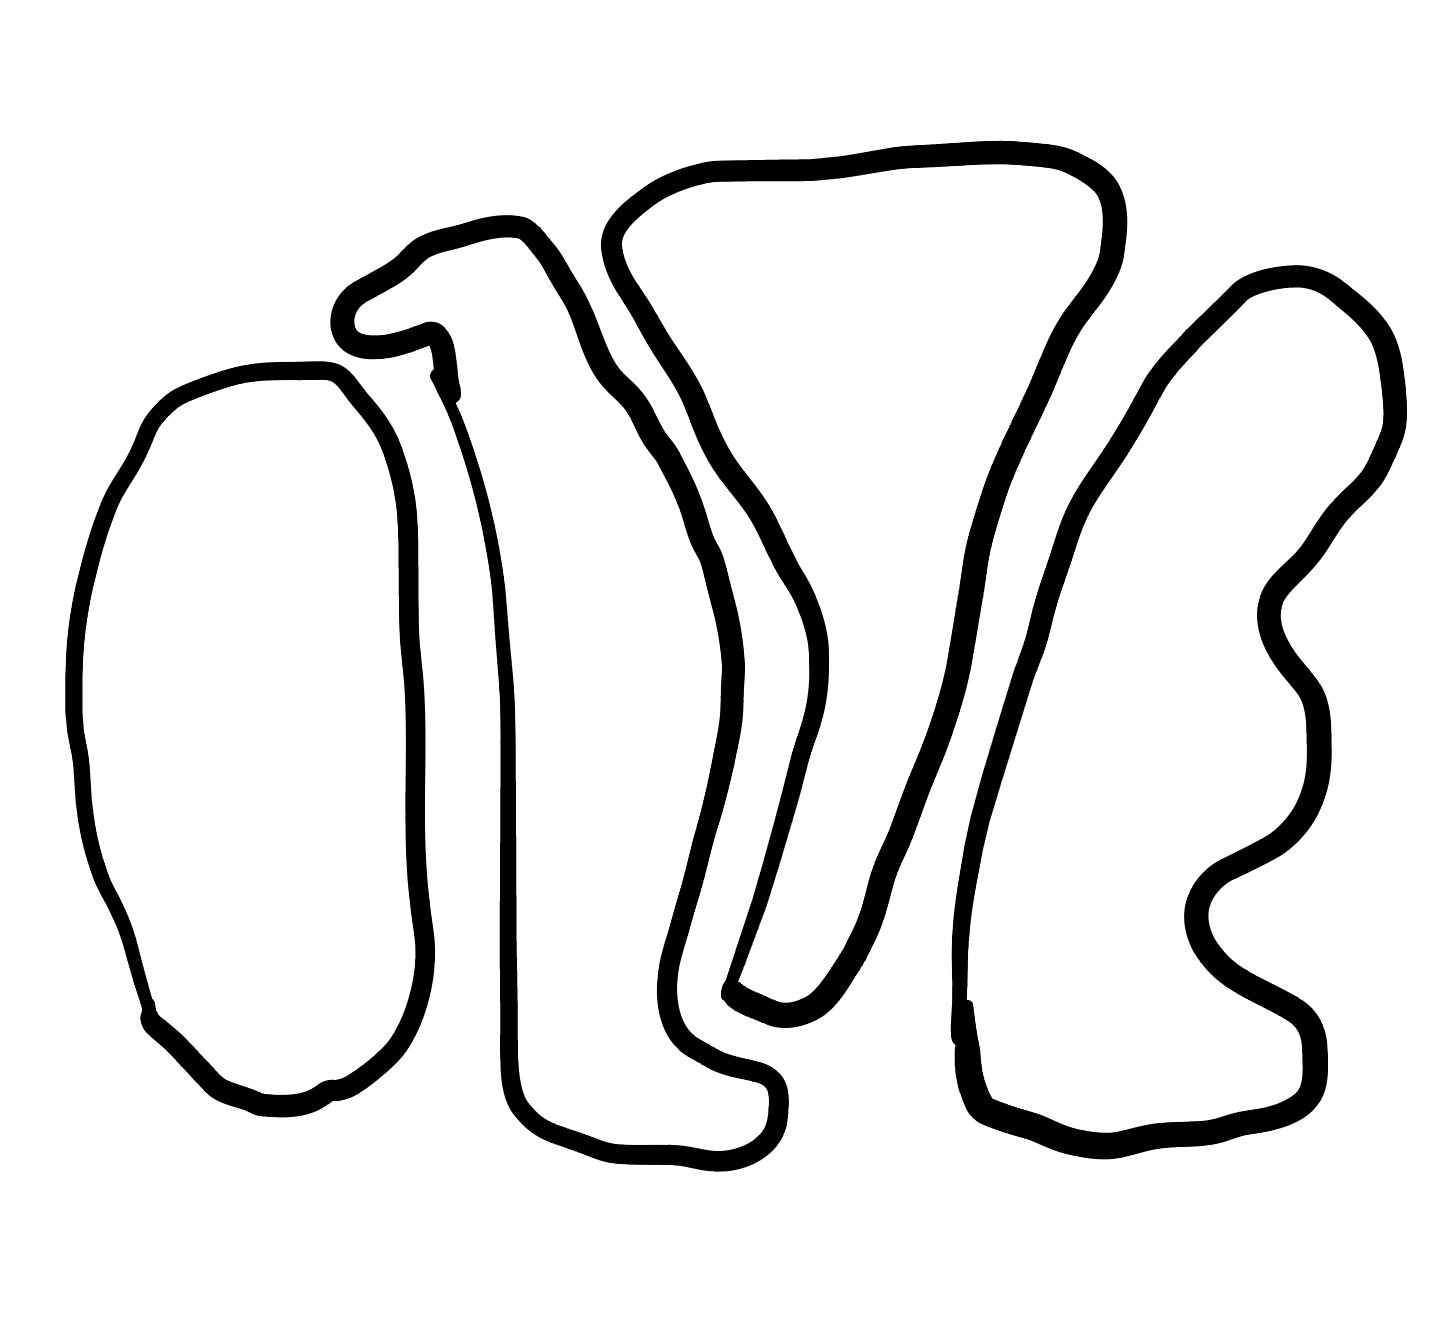
Number of regions (including the outer root region): 5
Containment tree edges (parent, child): 0, 1, 0, 2, 0, 3, 0, 4